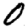
Digit: 0